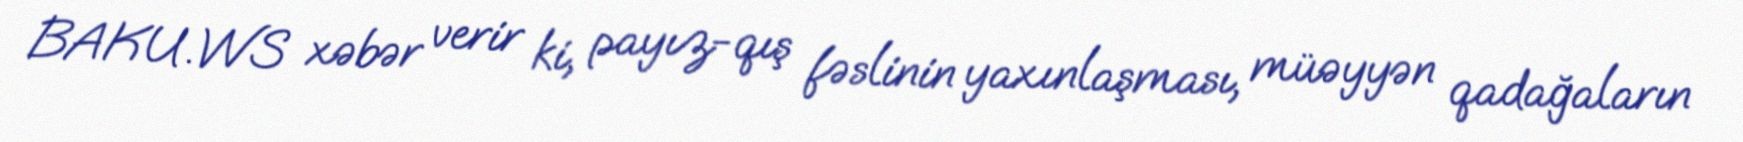
BAKU.WS xəbər verir ki, payız-qış fəslinin yaxınlaşması, müəyyən qadağaların